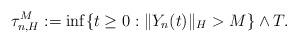
LaTeX: \begin{align*}\tau_{n,H}^M := \inf\{t\geq 0: \Vert Y_n(t)\Vert_H >M \}\wedge T .\end{align*}